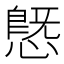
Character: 𢟪